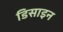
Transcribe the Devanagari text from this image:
डिसाइन